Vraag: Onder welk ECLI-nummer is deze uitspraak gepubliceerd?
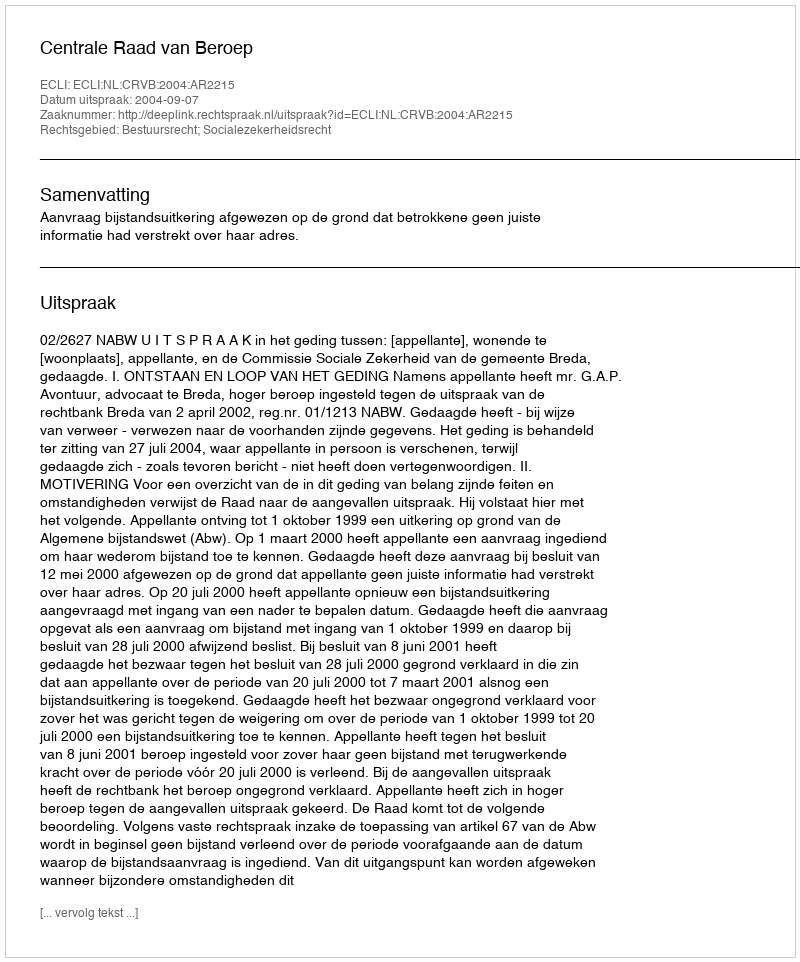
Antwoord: ECLI:NL:CRVB:2004:AR2215